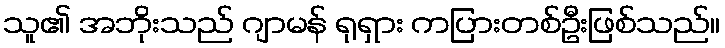
သူ၏ အဘိုးသည် ဂျာမန် ရုရှား ကပြားတစ်ဦးဖြစ်သည်။